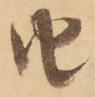
由